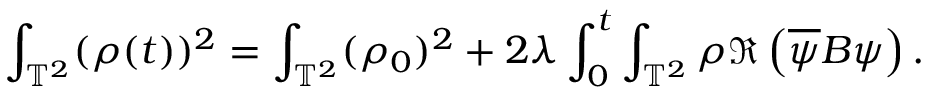
\int _ { \mathbb { T } ^ { 2 } } ( \rho ( t ) ) ^ { 2 } = \int _ { \mathbb { T } ^ { 2 } } ( \rho _ { 0 } ) ^ { 2 } + 2 \lambda \int _ { 0 } ^ { t } \int _ { \mathbb { T } ^ { 2 } } \rho \Re \left( \overline { { \psi } } B \psi \right) .